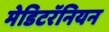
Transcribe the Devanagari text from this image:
मेडिटरॅनियन